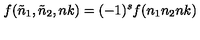
f ( { \tilde { n } } _ { 1 } , { \tilde { n } } _ { 2 } , n k ) = ( - 1 ) ^ { s } f ( n _ { 1 } n _ { 2 } n k )